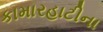
કામારહાટીના